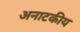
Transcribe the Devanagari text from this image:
अनाटकीय